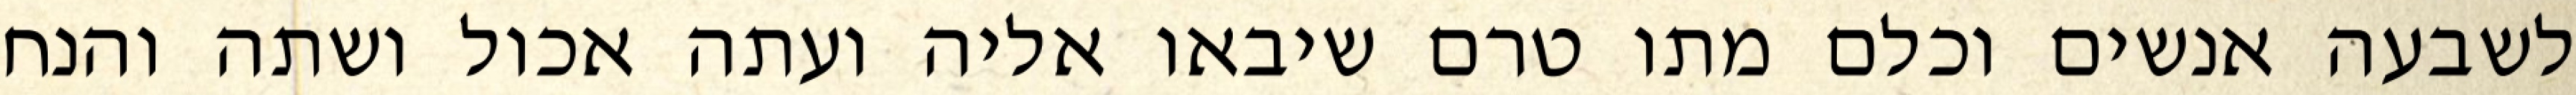
לשבעה אנשים וכלם מתו טרם שיבאו אליה ועתה אכול ושתה והנח